NAE_kihelkonnakohtute_kirjad_ja_protokollid_1869-1889, lk 8
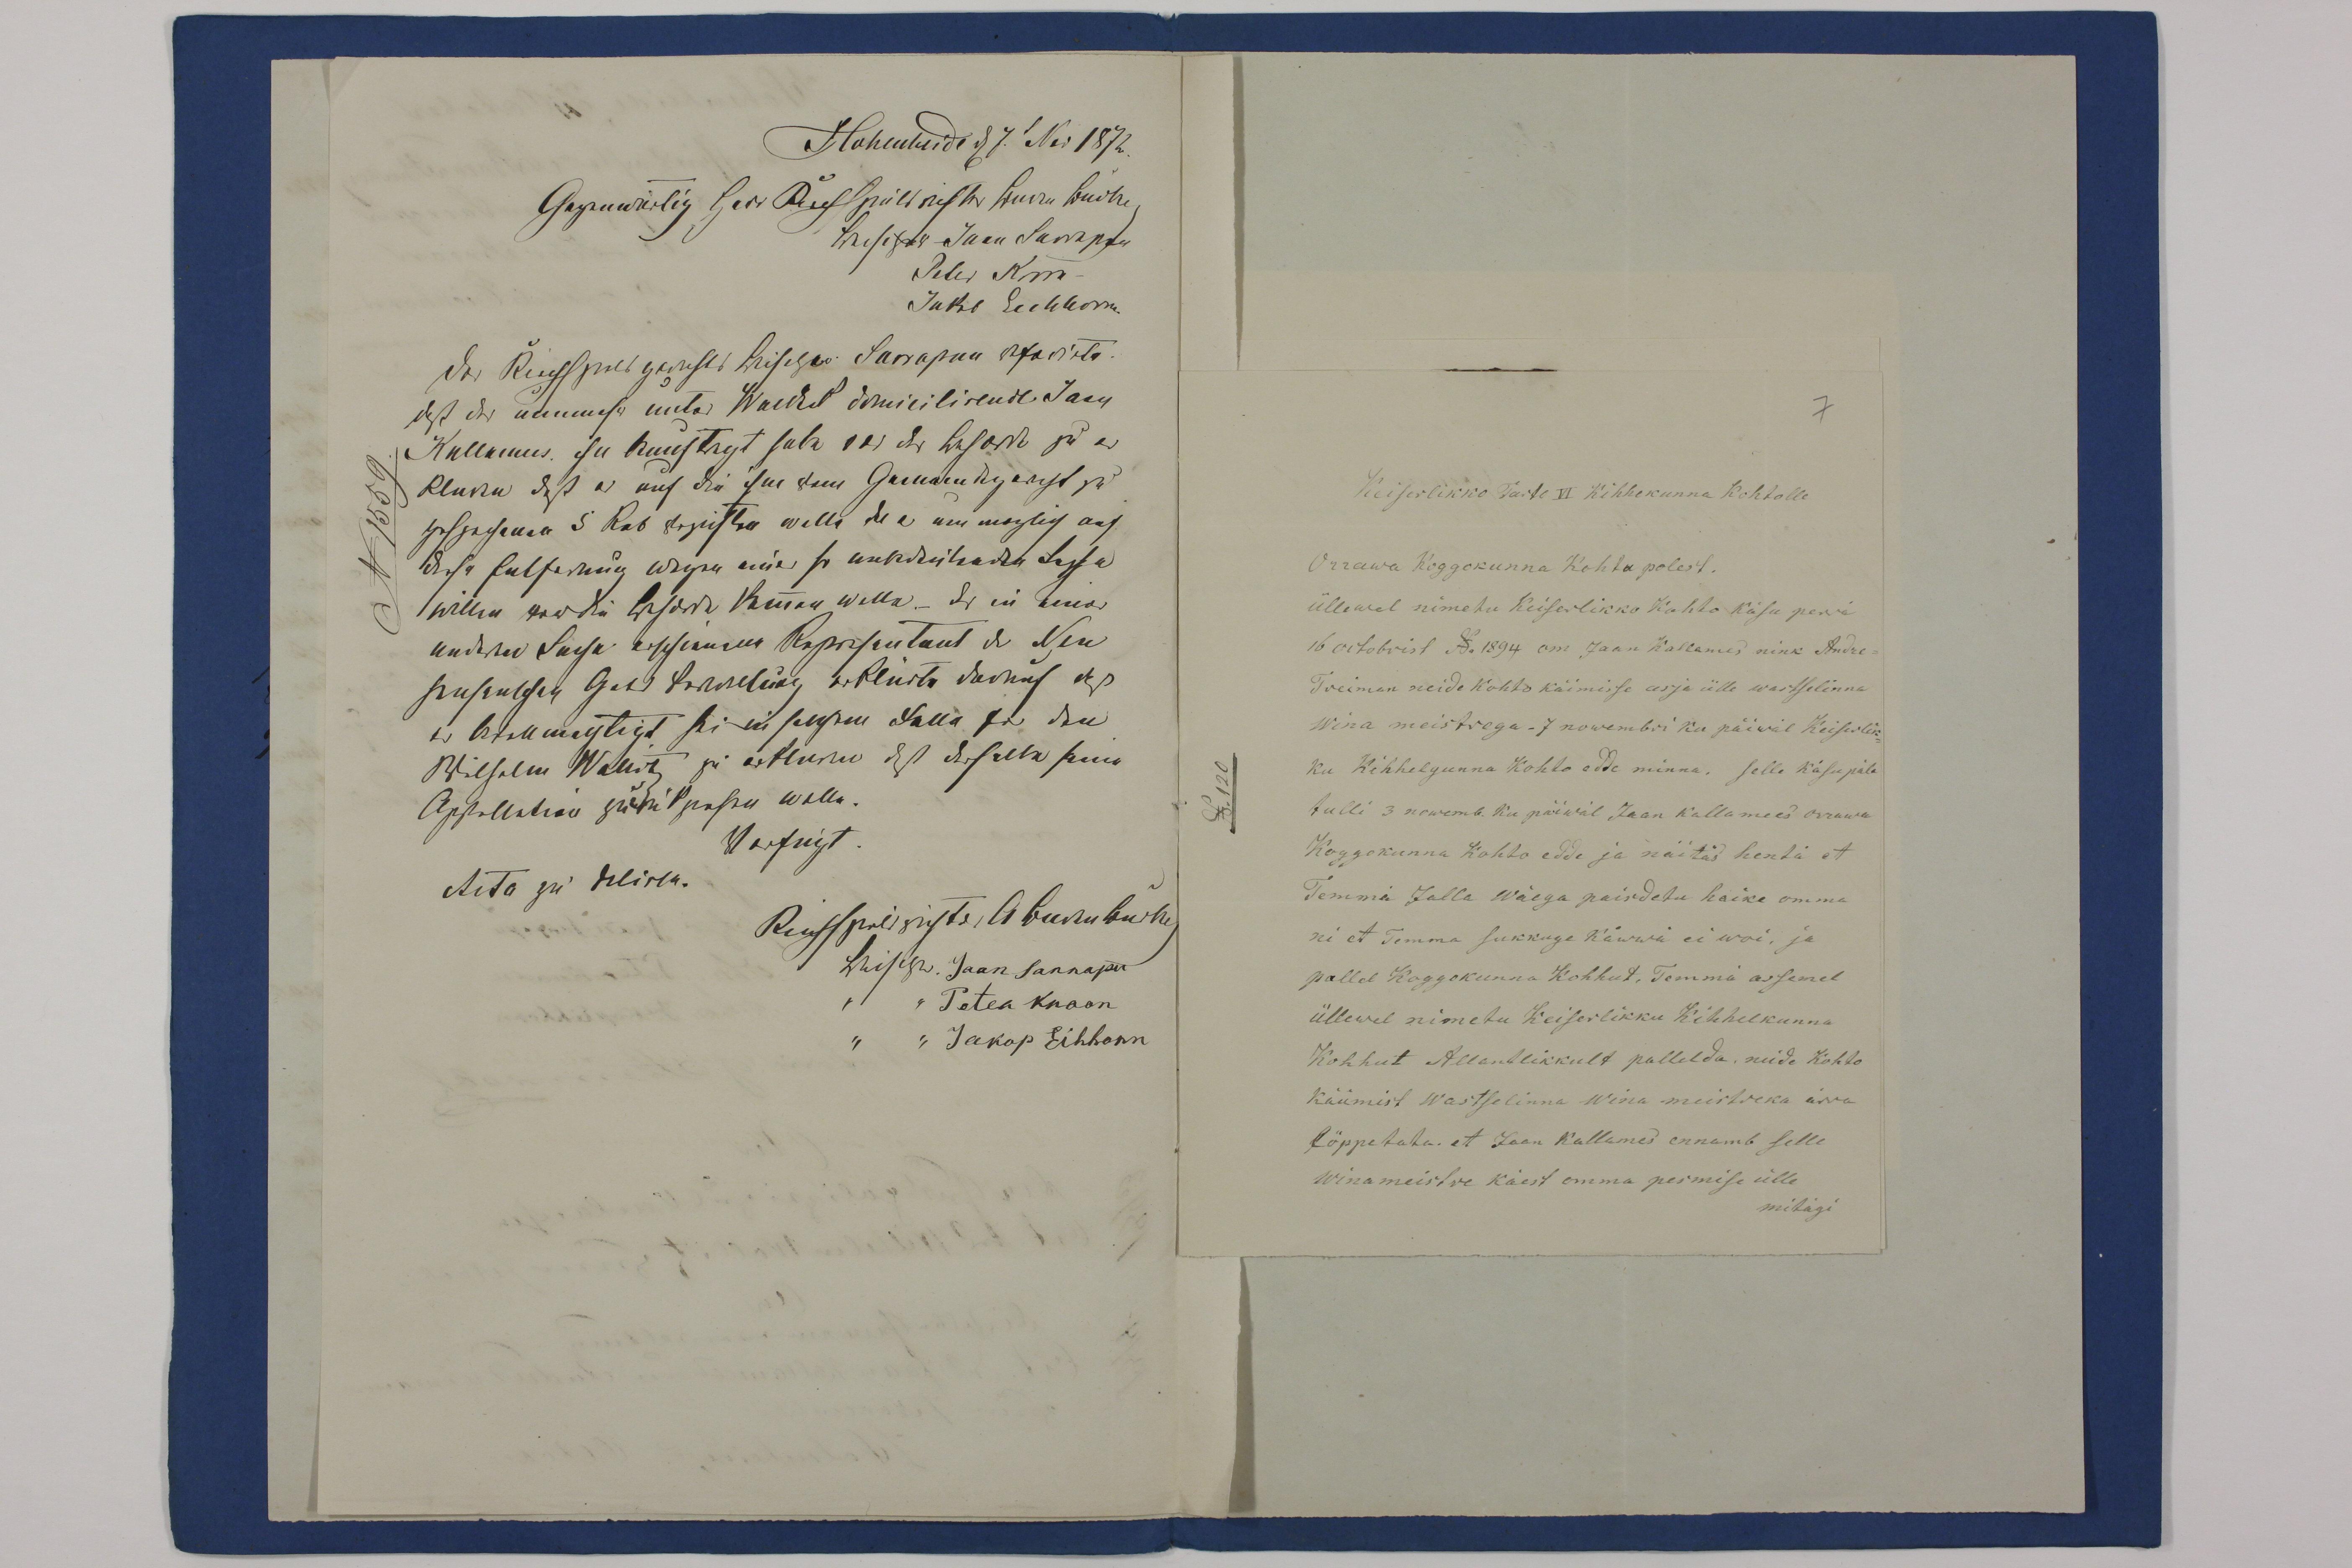
Keiserlikko Tarto VI Kihhekunna kohtole
Orrawa koggokunna Kohtu polest.
üllewel nimetu Keiserlikko Kohto käsu perrä
16 octobrist No: 1894 om Jaan Kallames nink Andre
Treiman neide kohto käimisse asja ülle wastselinna
wina meistregu - 7 nowembri ku päiwäl Keiserlik-
ku Kihhelgunna Kohto edde minna. selle käsupäle
tulli 3 nowemb. ku päiwäl Jaan Kallemees Orrawa
Koggokunna Kohto edde ja näitas hentä et
Temma Jalla wäega paisdetu haike omma
ni et Temma sukkuge käwwä ei wõi, ja
pallob Koggokunna Kohhut. Temmä assemel
üllewel nimetu Keiserlikku Kihhelkunna
Kohhut Allandlikkult pallelda, neide kohto
küümist Wastselinna wina meistreka ärra
lõppetata. et Jaan Kallames ennamb selle
winameistre käest omma pesmise ülle
mitägi